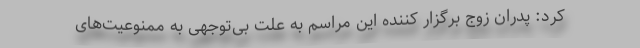
کرد: پدران زوج برگزار کننده این مراسم به علت بی‌توجهی به ممنوعیت‌های